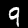
Label: 9